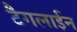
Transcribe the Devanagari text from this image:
टैगलाईन